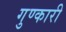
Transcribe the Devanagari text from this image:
गुण्कारी